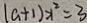
( a + 1 ) x ^ { 2 } = 3